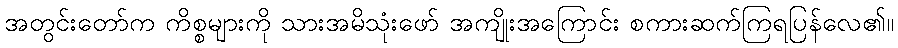
အတွင်းတော်က ကိစ္စများကို သားအမိသုံးဖော် အကျိုးအကြောင်း စကားဆက်ကြရပြန်လေ၏။